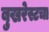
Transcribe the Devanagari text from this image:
बुखरेस्टचा